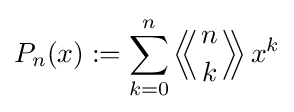
P_{n}(x):=\sum _{k=0}^{n}\left\langle \!\!\left\langle {n \atop k}\right\rangle \!\!\right\rangle x^{k}